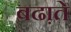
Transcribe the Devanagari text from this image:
बढा़ते